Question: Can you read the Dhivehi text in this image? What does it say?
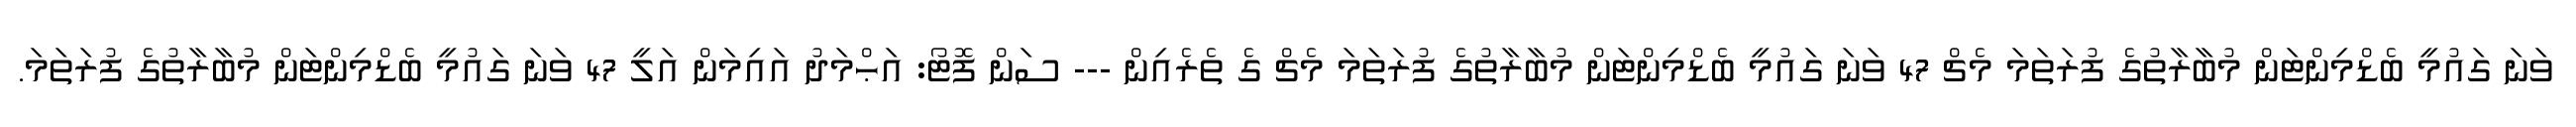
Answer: ވަނަ ގައުމީ ބެޑްމިންޓަން މުބާރާތުގެ ފުރަތަމަ މެޗް 47 ވަނަ ގައުމީ ބެޑްމިންޓަން މުބާރާތުގެ ފުރަތަމަ މެޗް ގެ ތެރެއިން --- ސަން ފޮޓޯ: އަޙްމަދު އައިމަން އަލީ 47 ވަނަ ގައުމީ ބެޑްމިންޓަން މުބާރާތުގެ ފުރަތަމަ.